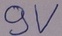
Text: 9V